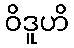
ဝိဒူဟိ